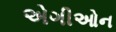
એગીઓન